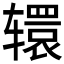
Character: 𮝹